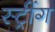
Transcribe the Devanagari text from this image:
स्ट्रींग